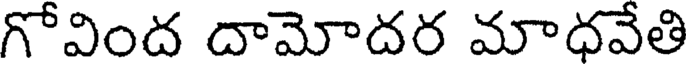
గోవింద దామోదర మాధవేతి